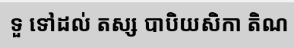
ទួ ទៅដល់ តស្ស បាបិយសិកា តិណ